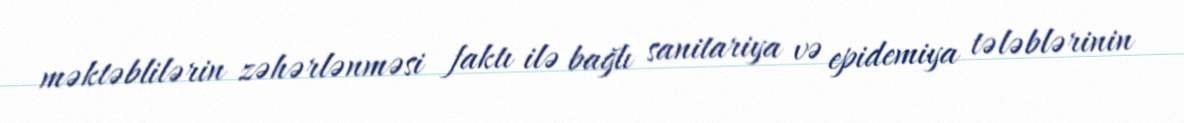
məktəblilərin zəhərlənməsi faktı ilə bağlı sanitariya və epidemiya tələblərinin